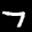
Label: 7